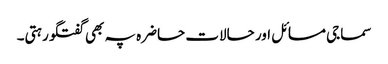
سماجی مسائل اور حالات حاضرہ پہ بھی گفتگو رہتی۔